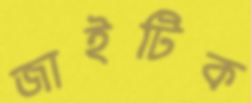
জাইটিক